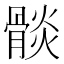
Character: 𩩧